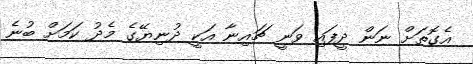
އެގޮތަށް ނަން ދީފައި ވަނީ ޗައިނާ އަކީ ދުނިޔޭގެ މެދު ކަމަށް ބުނެ